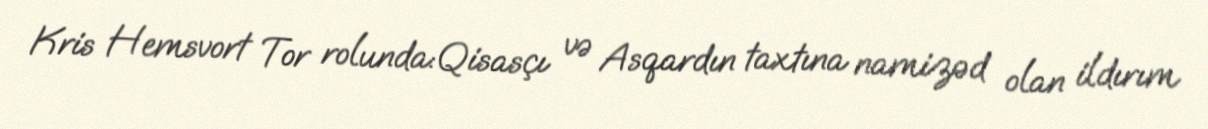
Kris Hemsvort Tor rolunda:Qisasçı və Asqardın taxtına namizəd olan ildırım